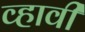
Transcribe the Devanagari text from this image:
व्‍हावी